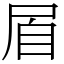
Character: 㞒